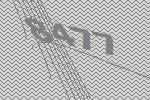
8477